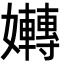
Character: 𡤛